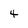
Character: 4